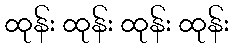
ထုန်း ထုန်း ထုန်း ထုန်း